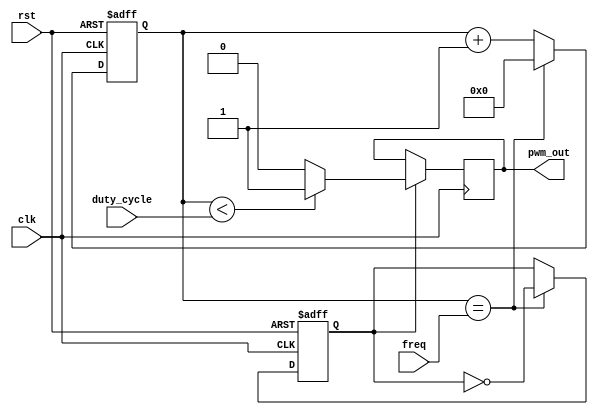
module pwm_timer (
    input wire clk,
    input wire rst,
    input wire [7:0] freq,
    input wire [7:0] duty_cycle,
    output reg pwm_out
);

reg [7:0] count;
reg pwm_sync;

always @(posedge clk or posedge rst) begin
    if (rst) begin
        count <= 8'd0;
        pwm_sync <= 1'b0;
    end else begin
        count <= count + 1;
        if (count == freq) begin
            count <= 8'd0;
            pwm_sync <= ~pwm_sync;
        end
    end
end

always @(posedge clk) begin
    if (pwm_sync) begin
        pwm_out <= (count < duty_cycle) ? 1'b1 : 1'b0;
    end
end

endmodule